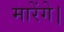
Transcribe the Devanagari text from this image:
मारेंगे।